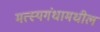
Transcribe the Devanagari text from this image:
मत्स्यगंधामधील